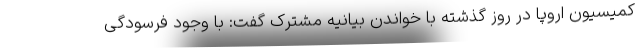
کمیسیون اروپا در روز گذشته با خواندن بیانیه مشترک گفت: با وجود فرسودگی